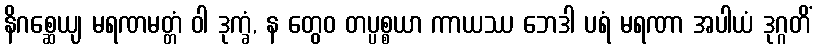
နိဂစ္ဆေယျ မရဏမတ္တံ ဝါ ဒုက္ခံ, န တွေဝ တပ္ပစ္စယာ ကာယဿ ဘေဒါ ပရံ မရဏာ အပါယံ ဒုဂ္ဂတိံ